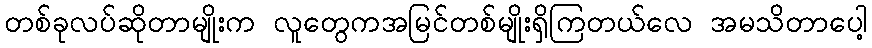
တစ်ခုလပ်ဆိုတာမျိုးက လူတွေကအမြင်တစ်မျိုးရှိကြတယ်လေ အမသိတာပေါ့